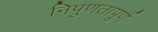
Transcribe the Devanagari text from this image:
निपुणतापूर्ण